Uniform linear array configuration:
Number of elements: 16
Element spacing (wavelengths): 1
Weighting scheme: hamming
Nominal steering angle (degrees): -15
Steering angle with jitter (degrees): -14.27
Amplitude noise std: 0.05
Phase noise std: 0.05

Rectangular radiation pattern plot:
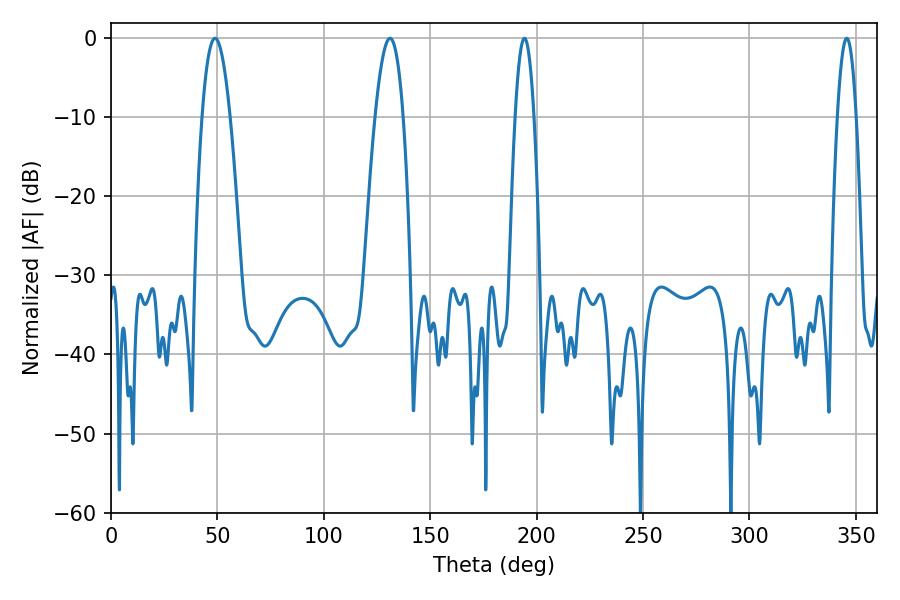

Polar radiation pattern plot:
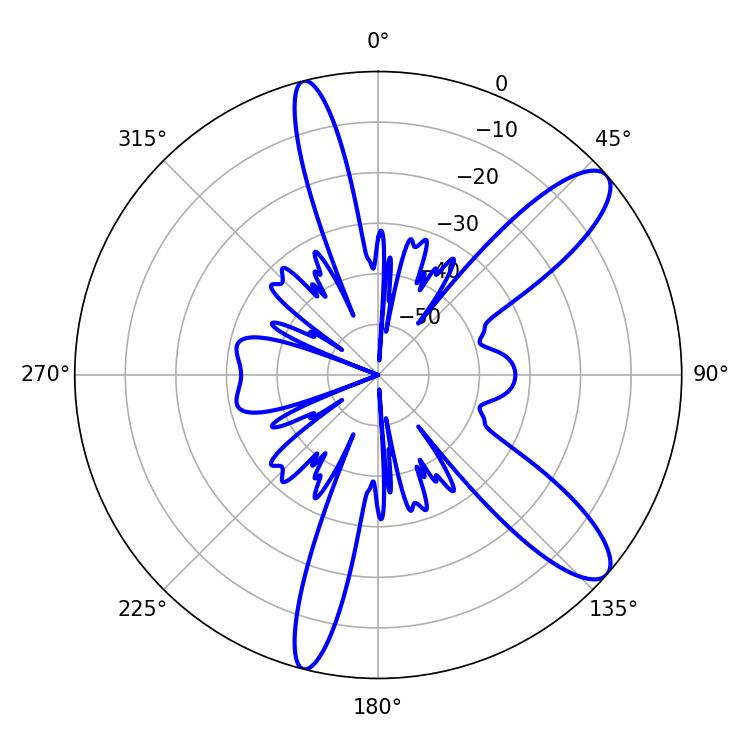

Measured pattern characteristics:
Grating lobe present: TRUE
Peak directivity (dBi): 10.951
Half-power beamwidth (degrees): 7.2
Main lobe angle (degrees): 48.96